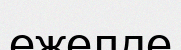
ежелде